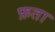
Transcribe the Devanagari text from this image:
फ़ता